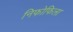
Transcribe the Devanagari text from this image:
निफोफिला